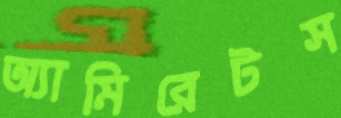
অ্যামিরেটস